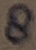
Text: 8